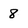
Character: 8